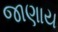
જાણાય